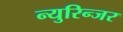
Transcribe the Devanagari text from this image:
न्युरिन्जर